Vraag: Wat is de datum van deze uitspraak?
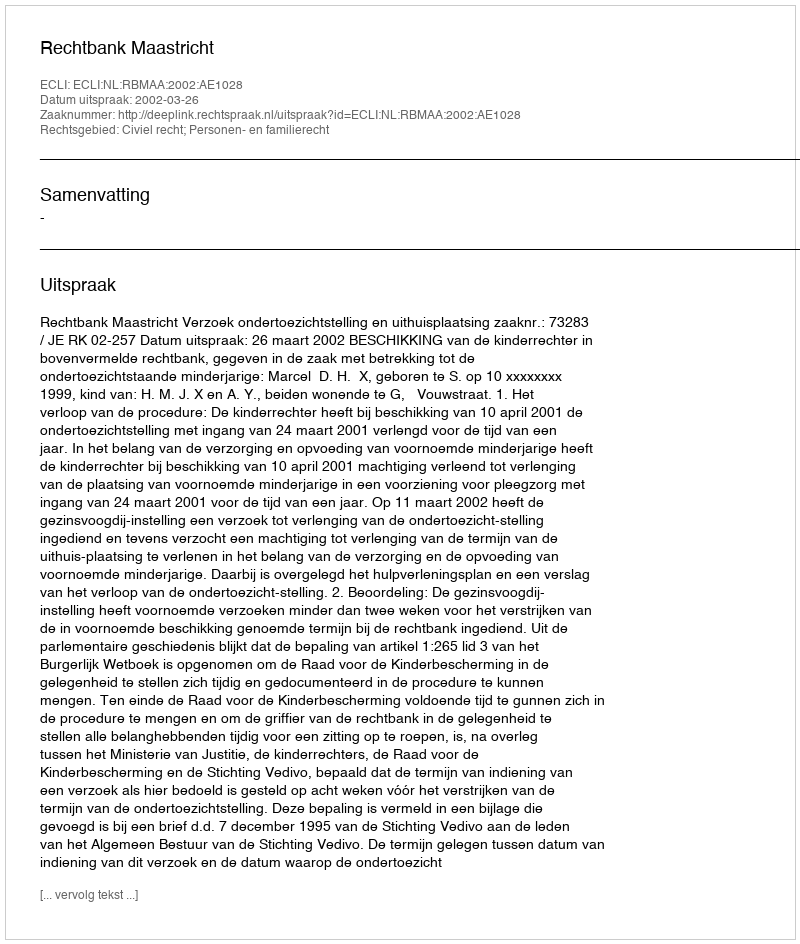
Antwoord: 2002-03-26